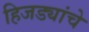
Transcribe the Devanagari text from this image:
हिजड्यांचे